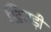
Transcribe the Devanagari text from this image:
खिजड़ी